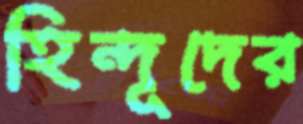
হিন্দূদের